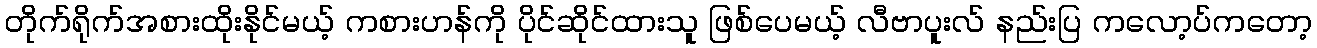
တိုက်ရိုက်အစားထိုးနိုင်မယ့် ကစားဟန်ကို ပိုင်ဆိုင်ထားသူ ဖြစ်ပေမယ့် လီဗာပူးလ် နည်းပြ ကလော့ပ်ကတော့